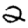
Digit: 2